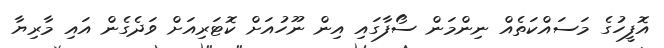
އޮފީހުގެ މަސައްކަތެއް ނިންމަން ސޯފާގައި އިން ނޫހުއަށް ކޮޓަރިއަށް ވަދެގެން އައި މާރިޔާ